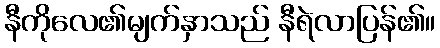
နီကိုလေ၏မျက်နှာသည် နီရဲလာပြန်၏။